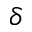
\delta